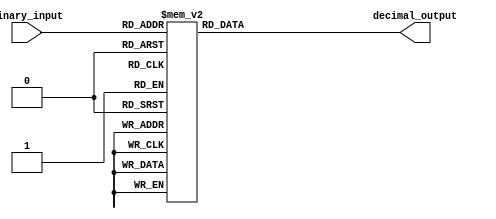
module decimal_decoder(
    input [3:0] binary_input,
    output reg [3:0] decimal_output
);

always @(*)
begin
    case (binary_input)
        4'b0000: decimal_output = 4'b0001;
        4'b0001: decimal_output = 4'b0010;
        4'b0010: decimal_output = 4'b0011;
        4'b0011: decimal_output = 4'b0100;
        4'b0100: decimal_output = 4'b0101;
        4'b0101: decimal_output = 4'b0110;
        4'b0110: decimal_output = 4'b0111;
        4'b0111: decimal_output = 4'b1000;
        4'b1000: decimal_output = 4'b1001;
        4'b1001: decimal_output = 4'b1010;
        4'b1010: decimal_output = 4'b1011;
        4'b1011: decimal_output = 4'b1100;
        4'b1100: decimal_output = 4'b1101;
        4'b1101: decimal_output = 4'b1110;
        4'b1110: decimal_output = 4'b1111;
        4'b1111: decimal_output = 4'b0000;
        default: decimal_output = 4'b0000;
    endcase
end

endmodule